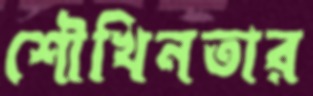
শৌখিনতার